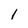
Character: 1